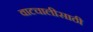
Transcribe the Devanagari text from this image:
वाटचालीसाठी